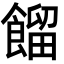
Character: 餾